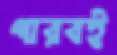
পারবই